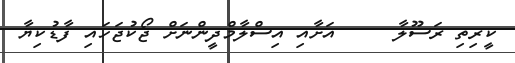
ކީރިތި ރަސޫލާ     އަށާއި އިސްލާމްދީންނަށް ޖޯކުޖަހައި ފާޑުކިޔާ